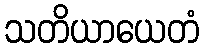
သတိယာယေတံ